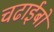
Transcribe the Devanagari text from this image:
चढाईबो